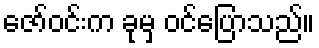
ဇော်ဝင်းက ခုမှ ဝင်ပြောသည်။